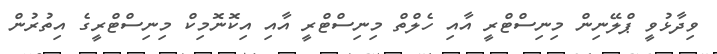
ވިދާޅުވީ ޕްލޭނިން މިނިސްޓްރީ އާއި ހެލްތް މިނިސްޓްރީ އާއި އިކޮނޮމިކް މިނިސްޓްރީގެ އިތުރުން